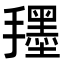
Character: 𭣀